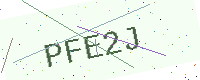
Text: PFE2J